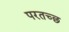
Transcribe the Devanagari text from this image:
परतच्‍छ